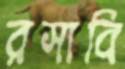
রসাবি